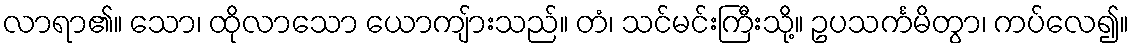
လာရာ၏။ သော၊ ထိုလာသော ယောကျ်ားသည်။ တံ၊ သင်မင်းကြီးသို့။ ဥပသင်္ကမိတွာ၊ ကပ်လေ၍။